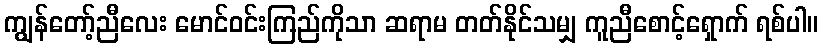
ကျွန်တော့်ညီလေး မောင်ဝင်းကြည်ကိုသာ ဆရာမ တတ်နိုင်သမျှ ကူညီစောင့်ရှောက် ရစ်ပါ။